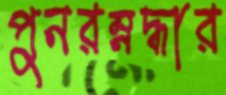
পুনরম্নদ্ধার